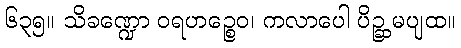
၆၃၅။ သိခဏ္ဍော ဝရဟဉ္စေဝ၊ ကလာပေါ ပိဉ္ဆ မပျထ။